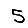
Digit: 5